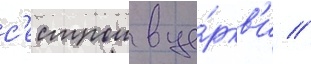
с'естрои в це́ркв'и //